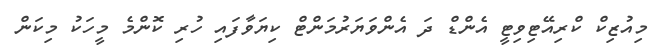
މިއުޒިކް ކްރިއޭޓިވިޓީ އެންޑް ދަ އެންވަަޔަރުމަންޓް ކިޔަވާފައި ހުރި ކޮންމެ މީހަކު މިކަން